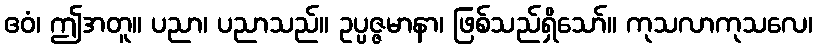
ဧဝံ၊ ဤအတူ။ ပညာ၊ ပညာသည်။ ဥပ္ပဇ္ဇမာနာ၊ ဖြစ်သည်ရှိသော်။ ကုသလာကုသလေ၊